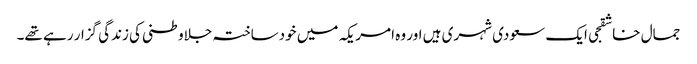
جمال خاشقجی ایک سعودی شہری ہیں اور وہ امریکہ میں خودساختہ جلاوطنی کی زندگی گزار رہے تھے۔